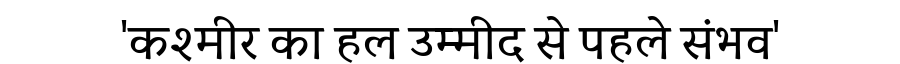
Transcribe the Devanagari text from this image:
'कश्मीर का हल उम्मीद से पहले संभव'